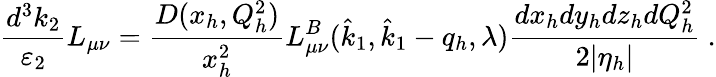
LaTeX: \frac{d^{3}k_{2}}{\varepsilon_{2}}L_{\mu\nu}=\frac{D(x_{h},Q_{h}^{2})}{x_{h}^{2}}L_{\mu\nu}^{B}(\hat{k}_{1},\hat{k}_{1}-q_{h},\lambda)\frac{dx_{h}dy_{h}dz_{h}dQ_{h}^{2}}{2|\eta_{h}|}\ .